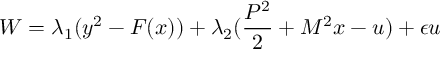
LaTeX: { \cal W } = \lambda _ { 1 } ( y ^ { 2 } - F ( x ) ) + \lambda _ { 2 } ( \frac { P ^ { 2 } } { 2 } + M ^ { 2 } x - u ) + \epsilon u